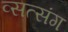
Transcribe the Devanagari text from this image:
व्सत्संग